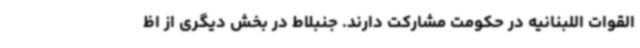
القوات اللبنانیه در حکومت مشارکت دارند. جنبلاط در بخش دیگری از اظ